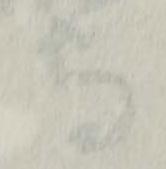
守